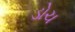
ડોચ